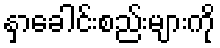
နှာခေါင်းစည်းများကို